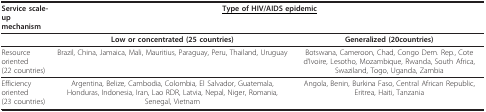
| Service scale-up mechanism | <COLSPAN=2> <underline>Type of HIV/AIDS epidemic</underline> |
 | --- | --- | --- |
 |  | Low or concentrated (25 countries) | Generalized (20countries) |
 | Resource oriented(22 countries) | Brazil, China, Jamaica, Mali, Mauritius, Paraguay, Peru, Thailand, Uruguay | Botswana, Cameroon, Chad, Congo Dem. Rep., Cote d'Ivoire, Lesotho, Mozambique, Rwanda, South Africa, Swaziland, Togo, Uganda, Zambia |
 | Efficiency oriented(23 countries) | Argentina, Belize, Cambodia, Colombia, El Salvador, Guatemala, Honduras, Indonesia, Iran, Lao RDR, Latvia, Nepal, Niger, Romania, Senegal, Vietnam | Angola, Benin, Burkina Faso, Central African Republic, Eritrea, Haiti, Tanzania |